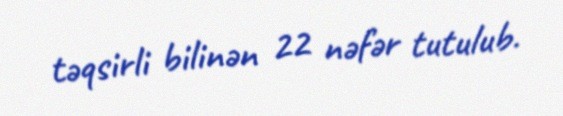
təqsirli bilinən 22 nəfər tutulub.